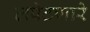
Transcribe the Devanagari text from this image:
लपेटणारे